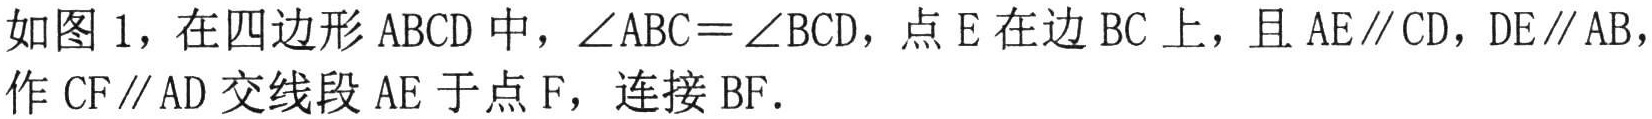
如图 1，在四边形 \(ABCD\) 中，\(\angle ABC = \angle BCD\)，点 \(E\) 在边 \(BC\) 上，且 \(AE\parallel CD\)，\(DE\parallel AB\)，作 \(CF\parallel AD\) 交线段 \(AE\) 于点 \(F\)，连接 \(BF\)。